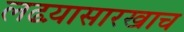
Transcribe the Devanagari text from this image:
लढय़ासारखाच